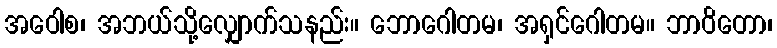
အဝေါစ၊ အဘယ်သို့လျှောက်သနည်း။ ဘောဂေါတမ၊ အရှင်ဂေါတမ။ ဘာဝိတော၊